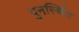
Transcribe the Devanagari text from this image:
पुनर्स्थित